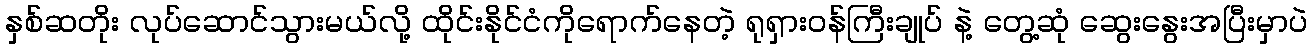
နှစ်ဆတိုး လုပ်ဆောင်သွားမယ်လို့ ထိုင်းနိုင်ငံကိုရောက်နေတဲ့ ရုရှားဝန်ကြီးချုပ် နဲ့ တွေ့ဆုံ ဆွေးနွေးအပြီးမှာပဲ